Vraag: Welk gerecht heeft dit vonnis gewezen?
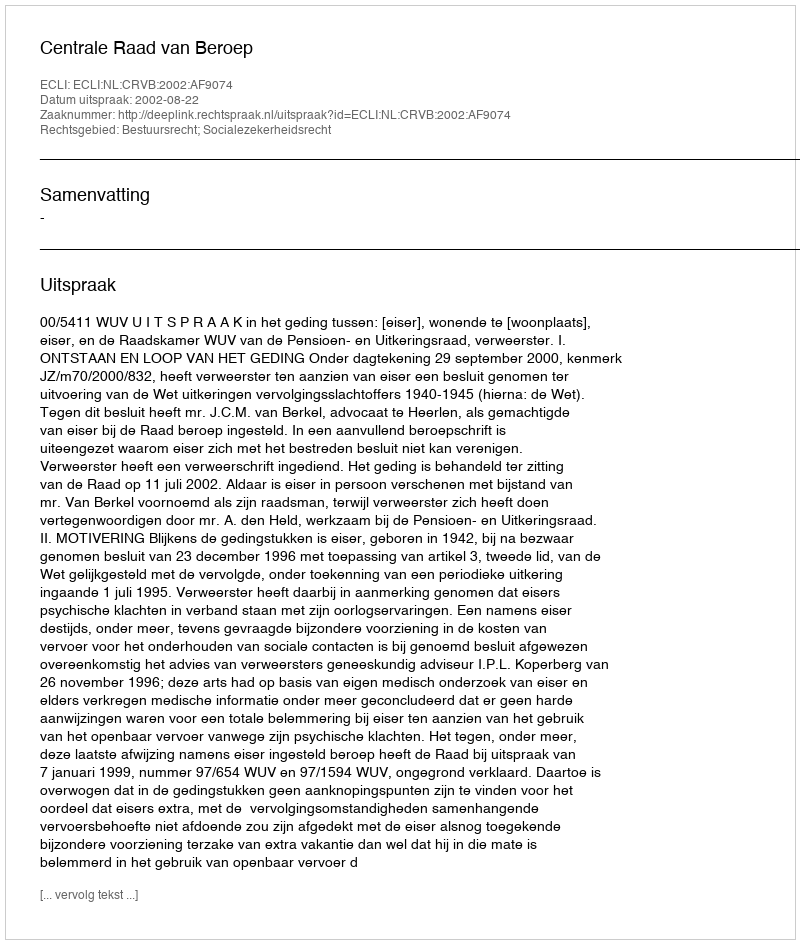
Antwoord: Centrale Raad van Beroep